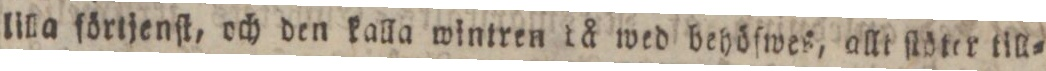
lilla förtjenſt, och den kalla wintren då wed behöſwes, alli ſtöter till=